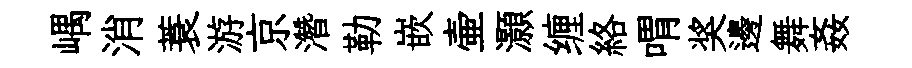
嵎消蓑游京濳勒嵌壷灝缠絡喟奖邊舞姦